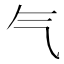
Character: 气